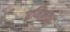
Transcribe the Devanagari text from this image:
धमिनका